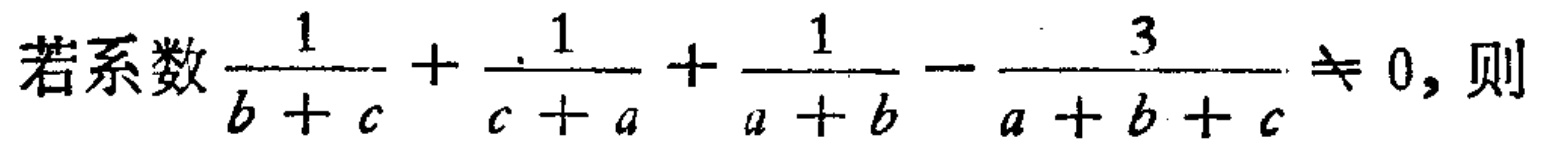
若系数$\frac{1}{b + c}+\frac{1}{c + a}+\frac{1}{a + b}-\frac{3}{a + b + c}\neq 0$，则